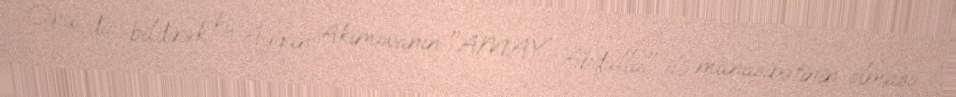
Onu da bildirək ki, Aygün Akimovanın "AMAY Abdulla" ilə münasibətinin olması